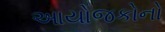
આયોજકોનો